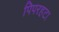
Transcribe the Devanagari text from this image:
पिपरहटा